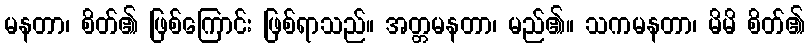
မနတာ၊ စိတ်၏ ဖြစ်ကြောင်း ဖြစ်ရာသည်။ အတ္တမနတာ၊ မည်၏။ သကမနတာ၊ မိမိ စိတ်၏